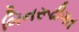
બિનરૂઢીગત